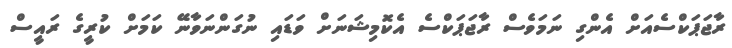
ރާޖަޕަކްސެއަށް އެންގި ނަމަވެސް ރާޖަޕަކްސެ އެކޮމިޝަނަށް ވަޑައި ނުގަންނަވާނޭ ކަމަށް ކުރީގެ ރައީސް